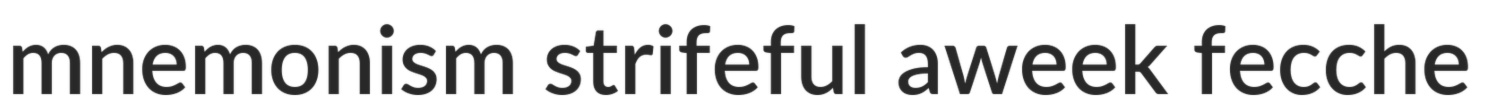
mnemonism strifeful aweek fecche